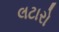
લટારો